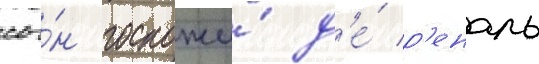
сы́н госпожи́ д'е́ р'еналь